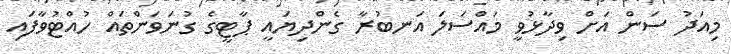
މިއަދު ސަން އަށް ވިދާޅުވީ މައްސަލަ އަނބުރާ ގެންދިޔައީ ޕާޓީގެ ގުނަވަންތައް ހުއްޓުވާފައި